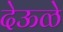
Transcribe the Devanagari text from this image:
देऊळे